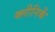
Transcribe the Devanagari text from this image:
क्लीनिकें